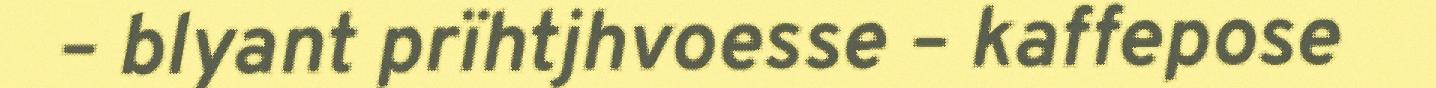
– blyant prïhtjhvoesse – kaffepose